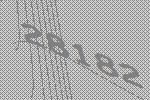
28182